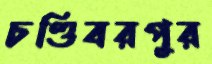
চণ্ডিবরপুর